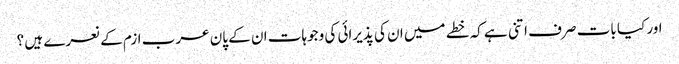
اور کیا بات صرف اتنی ہے کہ خطے میں ان کی پذیرائی کی وجوہات ان کے پان عرب ازم کے نعرے ہیں ؟